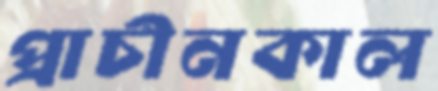
প্রাচীনকাল